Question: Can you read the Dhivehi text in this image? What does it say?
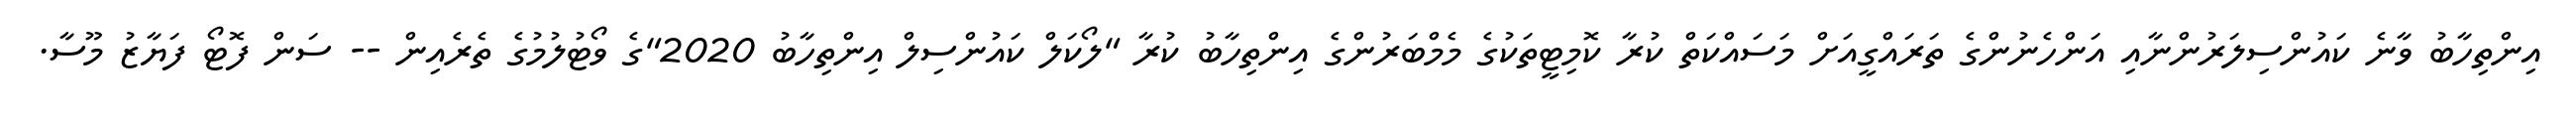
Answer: އިންތިހާބު ވާނެ ކައުންސިލަރުންނާއި އަންހެނުންގެ ތަރައްގީއަށް މަސައްކަތް ކުރާ ކޮމިޓީތަކުގެ މެމްބަރުންގެ އިންތިހާބު ކުރާ "ލޯކަލް ކައުންސިލް އިންތިހާބު 2020"ގެ ވޯޓުލުމުގެ ތެރެއިން -- ސަން ފޮޓޯ ފަޔާޒު މޫސާ.